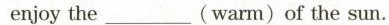
enjoy the ___ (warm)of the sun.